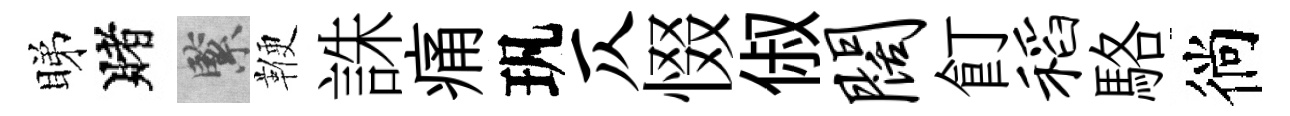
睇賭緊鞭誅痛㺬仄惙俶阔飣稻駱徜